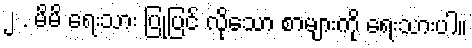
၂ . မိမိ ရေးသား ပြုပြင် လိုသော စာများကို ရေးသားပါ။